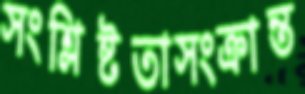
সংশ্লিষ্টতাসংক্রান্ত